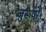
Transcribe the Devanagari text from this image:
बुरूषो